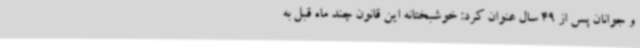
و جوانان پس از 49 سال عنوان کرد: خوشبختانه این قانون چند ماه قبل به